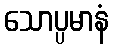
သောပ္ပမာနံ